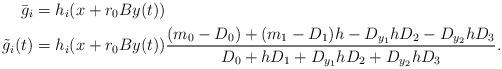
LaTeX: \begin{align*}\bar g_{i} &= h_i(x+r_0 B y(t) )\\\tilde g_i (t) & = h_i(x+r_0 B y(t) ) \frac{(m_0-D_0) + (m_1-D_1) h - D_{y_1}h D_2 - D_{y_2} h D_3 }{ D_0 + h D_1 + D_{y_1}h D_2 + D_{y_2} h D_3} .\end{align*}